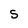
Character: S